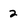
Character: 2